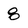
Character: 8